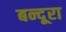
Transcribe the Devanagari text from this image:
बन्दूरा